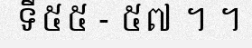
ទី៥៥ - ៥៧ ។ ។